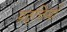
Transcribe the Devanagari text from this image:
प्रतृत्तियाँ